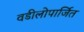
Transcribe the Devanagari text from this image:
वडीलोपार्जित